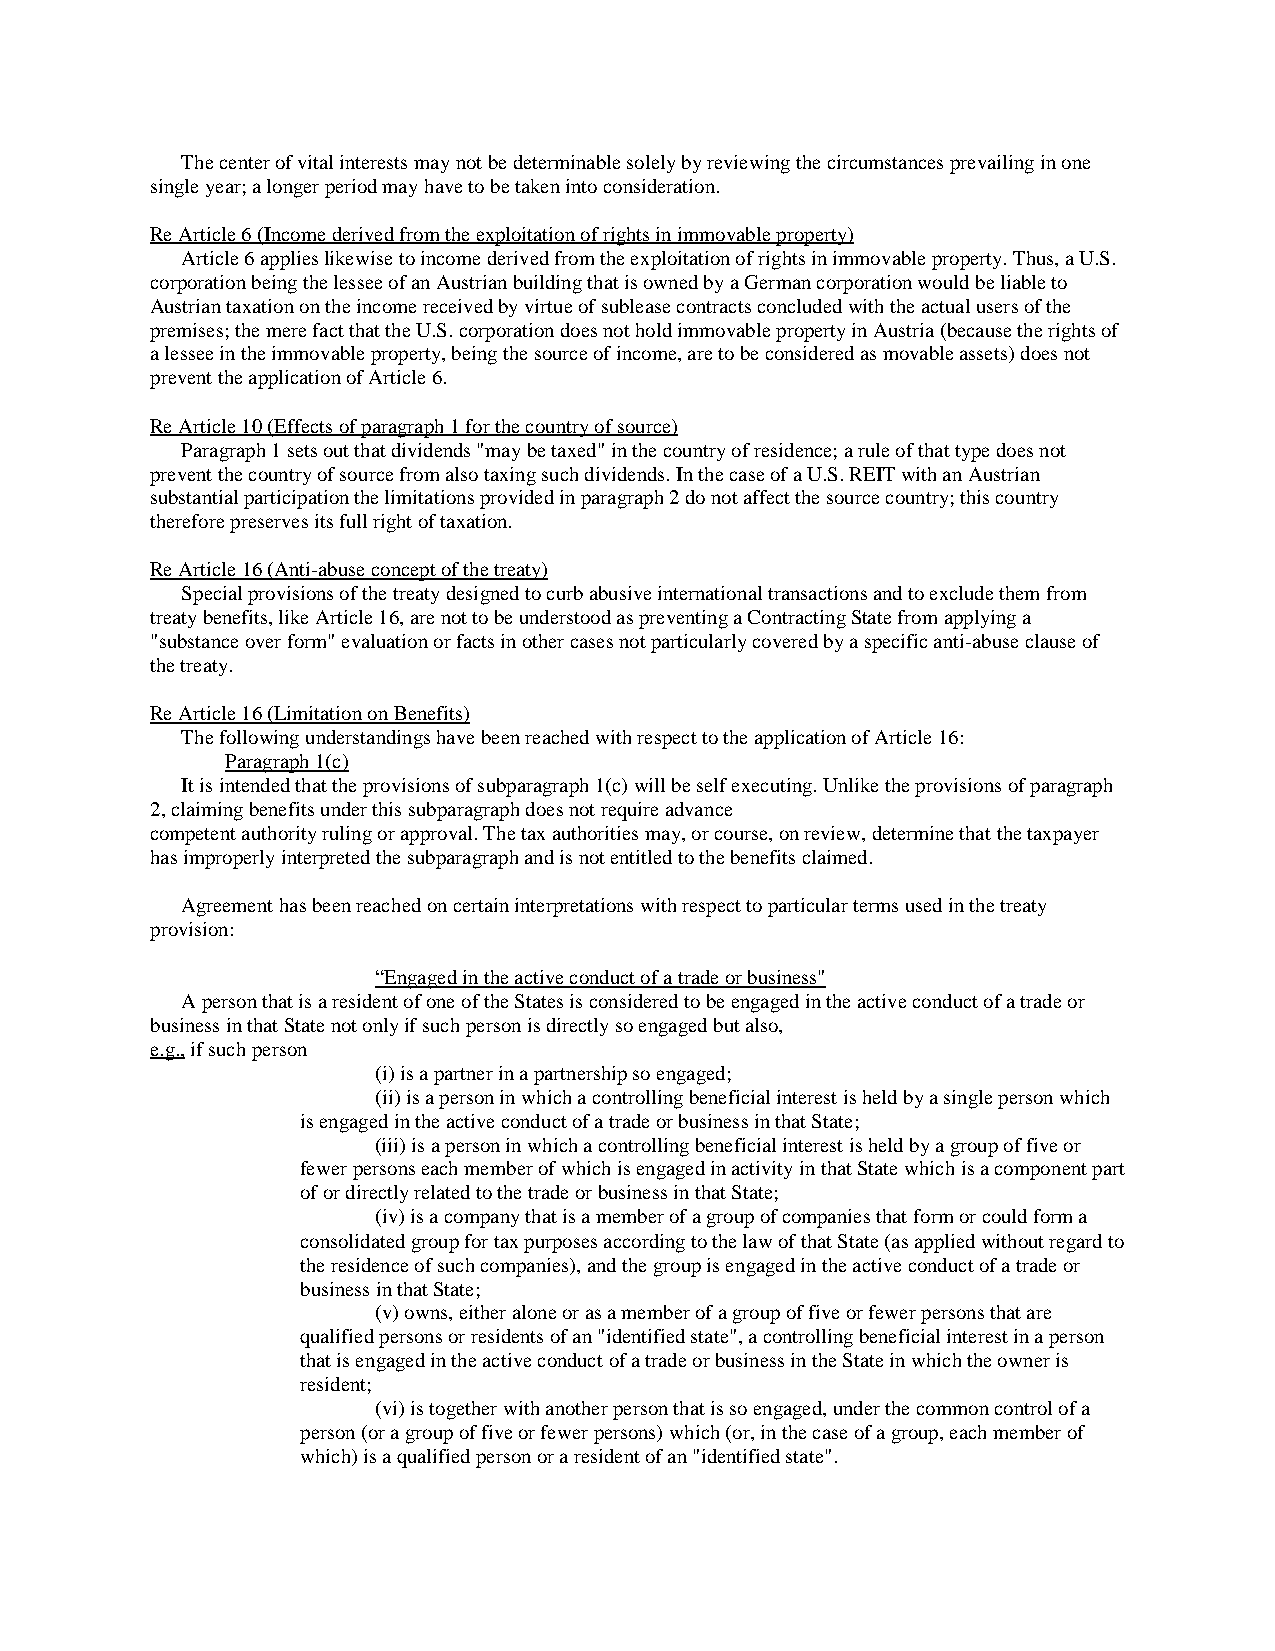
The center of vital interests may not be determinable solely by reviewing the circumstances prevailing in one
 single year; a longer period may have to be taken into consideration.
 Re Article 6 (Income derived from the exploitation of rights in immovable property)
 Article 6 applies likewise to income derived from the exploitation of rights in immovable property. Thus, a U.S.
 corporation being the lessee of an Austrian building that is owned by a German corporation would be liable to
 Austrian taxation on the income received by virtue of sublease contracts concluded with the actual users of the
 premises; the mere fact that the U.S. corporation does not hold immovable property in Austria (because the rights of
 a lessee in the immovable property, being the source of income, are to be considered as movable assets) does not
 prevent the application of Article 6.
 Re Article 10 (Effects of paragraph 1 for the country of source)
 Paragraph 1 sets out that dividends "may be taxed" in the country of residence; a rule of that type does not
 prevent the country of source from also taxing such dividends. In the case of a U.S. REIT with an Austrian
 substantial participation the limitations provided in paragraph 2 do not affect the source country; this country
 therefore preserves its full right of taxation.
 Re Article 16 (Anti-abuse concept of the treaty)
 Special provisions of the treaty designed to curb abusive international transactions and to exclude them from
 treaty benefits, like Article 16, are not to be understood as preventing a Contracting State from applying a
 "substance over form" evaluation or facts in other cases not particularly covered by a specific anti-abuse clause of
 the treaty.
 Re Article 16 (Limitation on Benefits)
 The following understandings have been reached with respect to the application of Article 16:
 Paragraph 1(c)
 It is intended that the provisions of subparagraph 1(c) will be self executing. Unlike the provisions of paragraph
 2, claiming benefits under this subparagraph does not require advance
 competent authority ruling or approval. The tax authorities may, or course, on review, determine that the taxpayer
 has improperly interpreted the subparagraph and is not entitled to the benefits claimed.
 Agreement has been reached on certain interpretations with respect to particular terms used in the treaty
 provision:
 “Engaged in the active conduct of a trade or business"
 A person that is a resident of one of the States is considered to be engaged in the active conduct of a trade or
 business in that State not only if such person is directly so engaged but also,
 e.g., if such person
 (i) is a partner in a partnership so engaged;
 (ii) is a person in which a controlling beneficial interest is held by a single person which
 is engaged in the active conduct of a trade or business in that State;
 (iii) is a person in which a controlling beneficial interest is held by a group of five or
 fewer persons each member of which is engaged in activity in that State which is a component part
 of or directly related to the trade or business in that State;
 (iv) is a company that is a member of a group of companies that form or could form a
 consolidated group for tax purposes according to the law of that State (as applied without regard to
 the residence of such companies), and the group is engaged in the active conduct of a trade or
 business in that State;
 (v) owns, either alone or as a member of a group of five or fewer persons that are
 qualified persons or residents of an "identified state", a controlling beneficial interest in a person
 that is engaged in the active conduct of a trade or business in the State in which the owner is
 resident;
 (vi) is together with another person that is so engaged, under the common control of a
 person (or a group of five or fewer persons) which (or, in the case of a group, each member of
 which) is a qualified person or a resident of an "identified state".